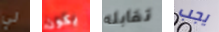
لي يكون تقابله يجب